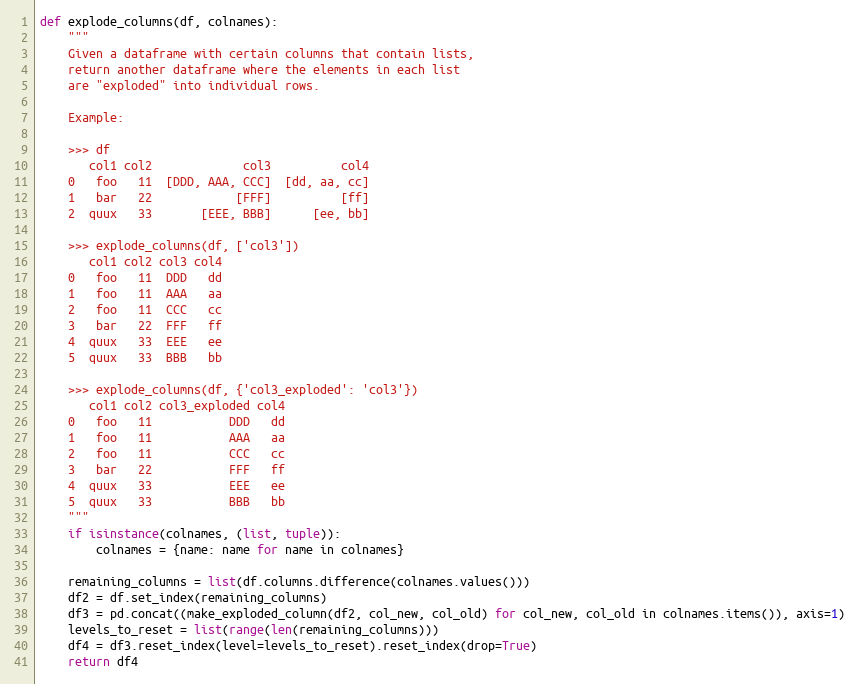
Language: Python
def explode_columns(df, colnames):
    """
    Given a dataframe with certain columns that contain lists,
    return another dataframe where the elements in each list
    are "exploded" into individual rows.

    Example:

    >>> df
       col1 col2             col3          col4
    0   foo   11  [DDD, AAA, CCC]  [dd, aa, cc]
    1   bar   22            [FFF]          [ff]
    2  quux   33       [EEE, BBB]      [ee, bb]

    >>> explode_columns(df, ['col3'])
       col1 col2 col3 col4
    0   foo   11  DDD   dd
    1   foo   11  AAA   aa
    2   foo   11  CCC   cc
    3   bar   22  FFF   ff
    4  quux   33  EEE   ee
    5  quux   33  BBB   bb

    >>> explode_columns(df, {'col3_exploded': 'col3'})
       col1 col2 col3_exploded col4
    0   foo   11           DDD   dd
    1   foo   11           AAA   aa
    2   foo   11           CCC   cc
    3   bar   22           FFF   ff
    4  quux   33           EEE   ee
    5  quux   33           BBB   bb
    """
    if isinstance(colnames, (list, tuple)):
        colnames = {name: name for name in colnames}

    remaining_columns = list(df.columns.difference(colnames.values()))
    df2 = df.set_index(remaining_columns)
    df3 = pd.concat((make_exploded_column(df2, col_new, col_old) for col_new, col_old in colnames.items()), axis=1)
    levels_to_reset = list(range(len(remaining_columns)))
    df4 = df3.reset_index(level=levels_to_reset).reset_index(drop=True)
    return df4